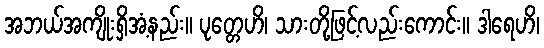
အဘယ်အကျိုးရှိအံ့နည်း။ ပုတ္တေဟိ၊ သားတို့ဖြင့်လည်းကောင်း။ ဒါရေဟိ၊